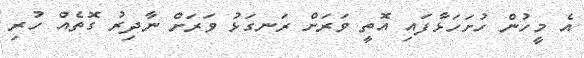
އެ މީހުން ހުށަހަޅާފައި އޮތީ ވަރަށް ރަނގަޅު ވަރަށް ނާދިރު ގޮތެއް ހުރި